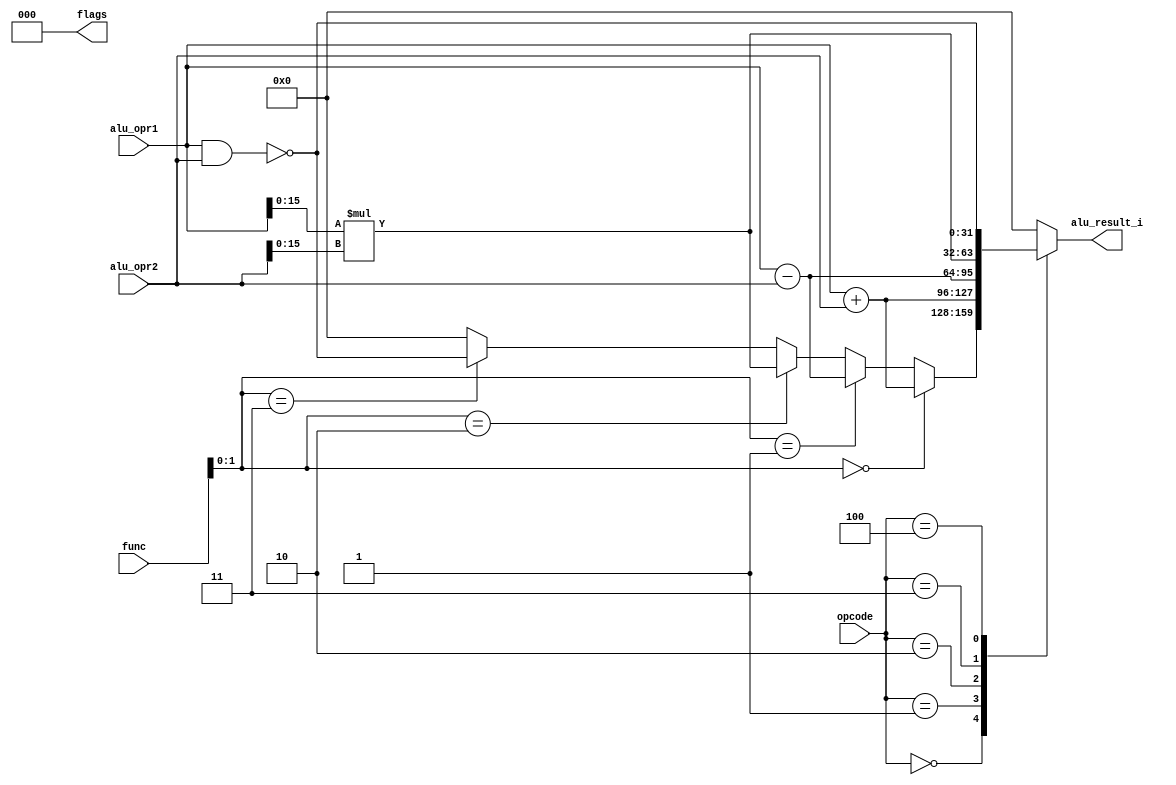
module alu (alu_opr1, alu_opr2,opcode, func, alu_result_i, flags) ;

input [31:0] alu_opr1, alu_opr2 ;
input [5:0] func ;
input [5:0] opcode ;
output  [31:0] alu_result_i ;
output [2:0] flags ;
reg [32:0] alu_result ;

always@(opcode, alu_opr1, alu_opr2, func) begin

case (opcode) 

6'b000000 : begin //Rtype
if(func[1:0] == 2'b00) //add opr R type
alu_result = alu_opr1 + alu_opr2 ;
else if(func[1:0] == 2'b01) //sub R type
alu_result = alu_opr1 - alu_opr2 ;
else if(func[1:0] == 2'b10) //MUL R type
alu_result = alu_opr1[15:0] * alu_opr2[15:0] ;
else if(func[1:0] == 2'b11) //NAND R type
alu_result = ~(alu_opr1 & alu_opr2) ;
else 
alu_result = 0 ;
end

6'b000001 : begin // Itype- add
alu_result = alu_opr1 + alu_opr2 ;
end
6'b000010 : begin // Itype- sub
alu_result = alu_opr1 - alu_opr2 ;
end
6'b000011 : begin // Itype- mul
alu_result = alu_opr1[15:0] * alu_opr2[15:0] ;
end
6'b000100 : begin // Itype- nand
alu_result = ~(alu_opr1 & alu_opr2) ;
end

default : alu_result = 0 ;

endcase


end 

assign alu_result_i =  alu_result[31:0] ;
assign flags = 0 ;


endmodule